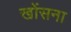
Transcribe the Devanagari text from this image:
खोंसना